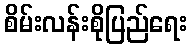
စိမ်းလန်းစိုပြည်ရေး